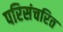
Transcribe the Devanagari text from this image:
परिसंचरित